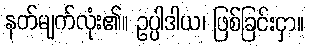
နတ်မျက်လုံး၏။ ဥပ္ပါဒါယ၊ ဖြစ်ခြင်းငှာ။